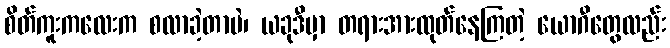
စိတ်ကူးကလေးက စလာခဲ့တာပဲ၊ ယခုဒီမှာ တရားအားထုတ်နေကြတဲ့ ယောဂီတွေလည်း